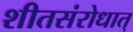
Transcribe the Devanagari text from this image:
शीतसंरोधात्